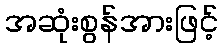
အဆုံးစွန်အားဖြင့်